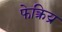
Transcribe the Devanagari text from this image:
फेक्त्रिय्र